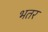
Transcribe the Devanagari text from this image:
भतर